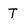
Character: T